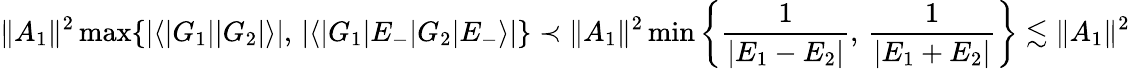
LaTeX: \Vert A_{1}\Vert^{2}\operatorname*{max}\{ |\langle|G_{1}||G_{2}|\rangle|,\, |\langle|G_{1}|E_{-}|G_{2}|E_{-}\rangle|\} \prec\Vert A_{1}\Vert^{2}\operatorname*{min}\left\{ \frac{1}{|E_{1}-E_{2}|},\, \frac{1}{|E_{1}+E_{2}|}\right\} \lesssim\Vert A_{1}\Vert^{2}